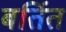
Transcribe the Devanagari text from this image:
बर्तित